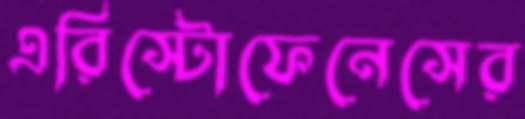
এরিস্টোফেনেসের